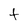
Character: t